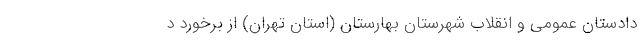
دادستان عمومی و انقلاب شهرستان بهارستان (استان تهران) از برخورد د